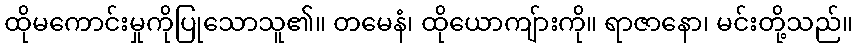
ထိုမကောင်းမှုကိုပြုသောသူ၏။ တမေနံ၊ ထိုယောကျ်ားကို။ ရာဇာနော၊ မင်းတို့သည်။